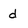
Character: d